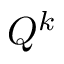
Q ^ { k }